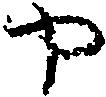
や